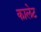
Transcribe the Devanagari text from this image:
कालेट